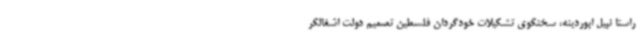
راستا نبیل ابوردینه، سخنگوی تشکیلات خودگردان فلسطین تصمیم دولت اشغالگر